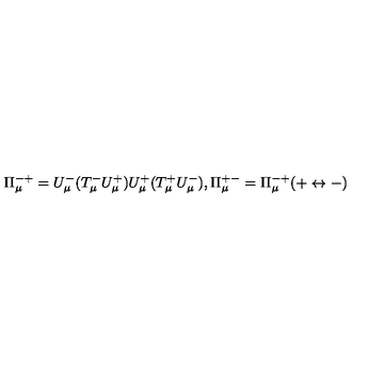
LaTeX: \Pi _ { \mu } ^ { - + } = U _ { \mu } ^ { - } ( T _ { \mu } ^ { - } U _ { \mu } ^ { + } ) U _ { \mu } ^ { + } ( T _ { \mu } ^ { + } U _ { \mu } ^ { - } ) , \Pi _ { \mu } ^ { + - } = \Pi _ { \mu } ^ { - + } ( + \leftrightarrow - )